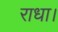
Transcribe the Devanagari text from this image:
राधा।